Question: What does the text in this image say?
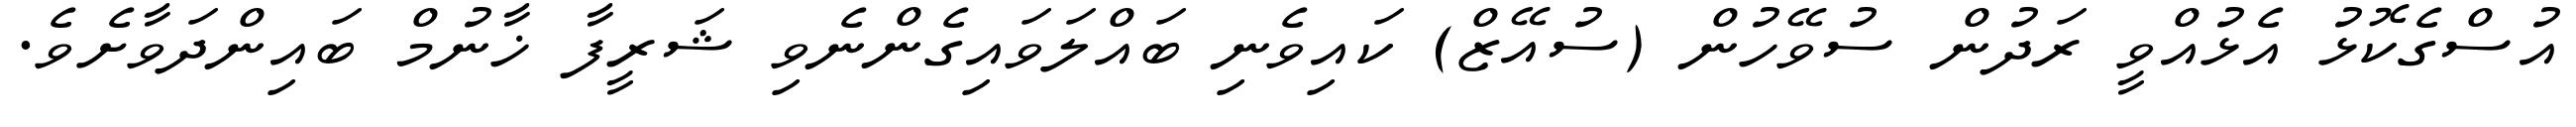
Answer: އުސްގެކޮޅު އެޅުއްވީ ރަދުން ސުވޭހުން (ސުއޭޒް) ކައިވެނި ބައްލަވައިގެންނެވި ޝަރީފާ ޚާނުމް ބައިންދަވާށެވެ.